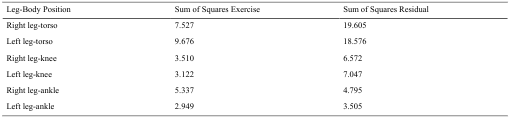
| Leg-Body Position | Sum of Squares Exercise | Sum of Squares Residual |
 | --- | --- | --- |
 | Right leg-torso | 7.527 | 19.605 |
 | Left leg-torso | 9.676 | 18.576 |
 | Right leg-knee | 3.510 | 6.572 |
 | Left leg-knee | 3.122 | 7.047 |
 | Right leg-ankle | 5.337 | 4.795 |
 | Left leg-ankle | 2.949 | 3.505 |